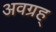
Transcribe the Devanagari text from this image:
अवग्रह्